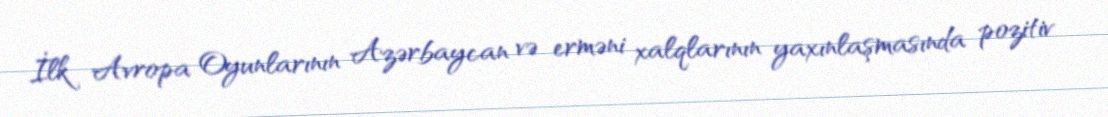
İlk Avropa Oyunlarının Azərbaycan və erməni xalqlarının yaxınlaşmasında pozitiv